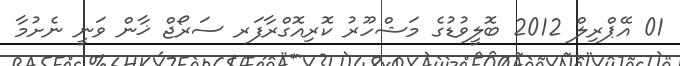
01 އޭޕްރިލް 2012 ބޮލީވުޑުގެ މަޝްހޫރު ކޮރިއޮގްރާފަރ ސަރޯޖް ޚާން ވަނީ ނެށުމާ